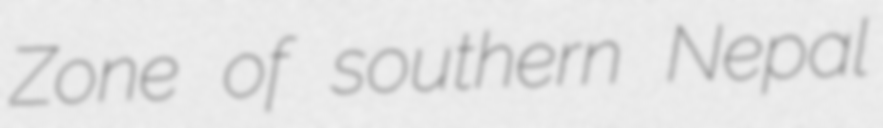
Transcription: Zone of southern Nepal